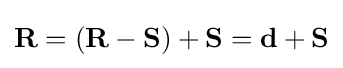
\mathbf {R} =(\mathbf {R} -\mathbf {S} )+\mathbf {S} =\mathbf {d} +\mathbf {S}